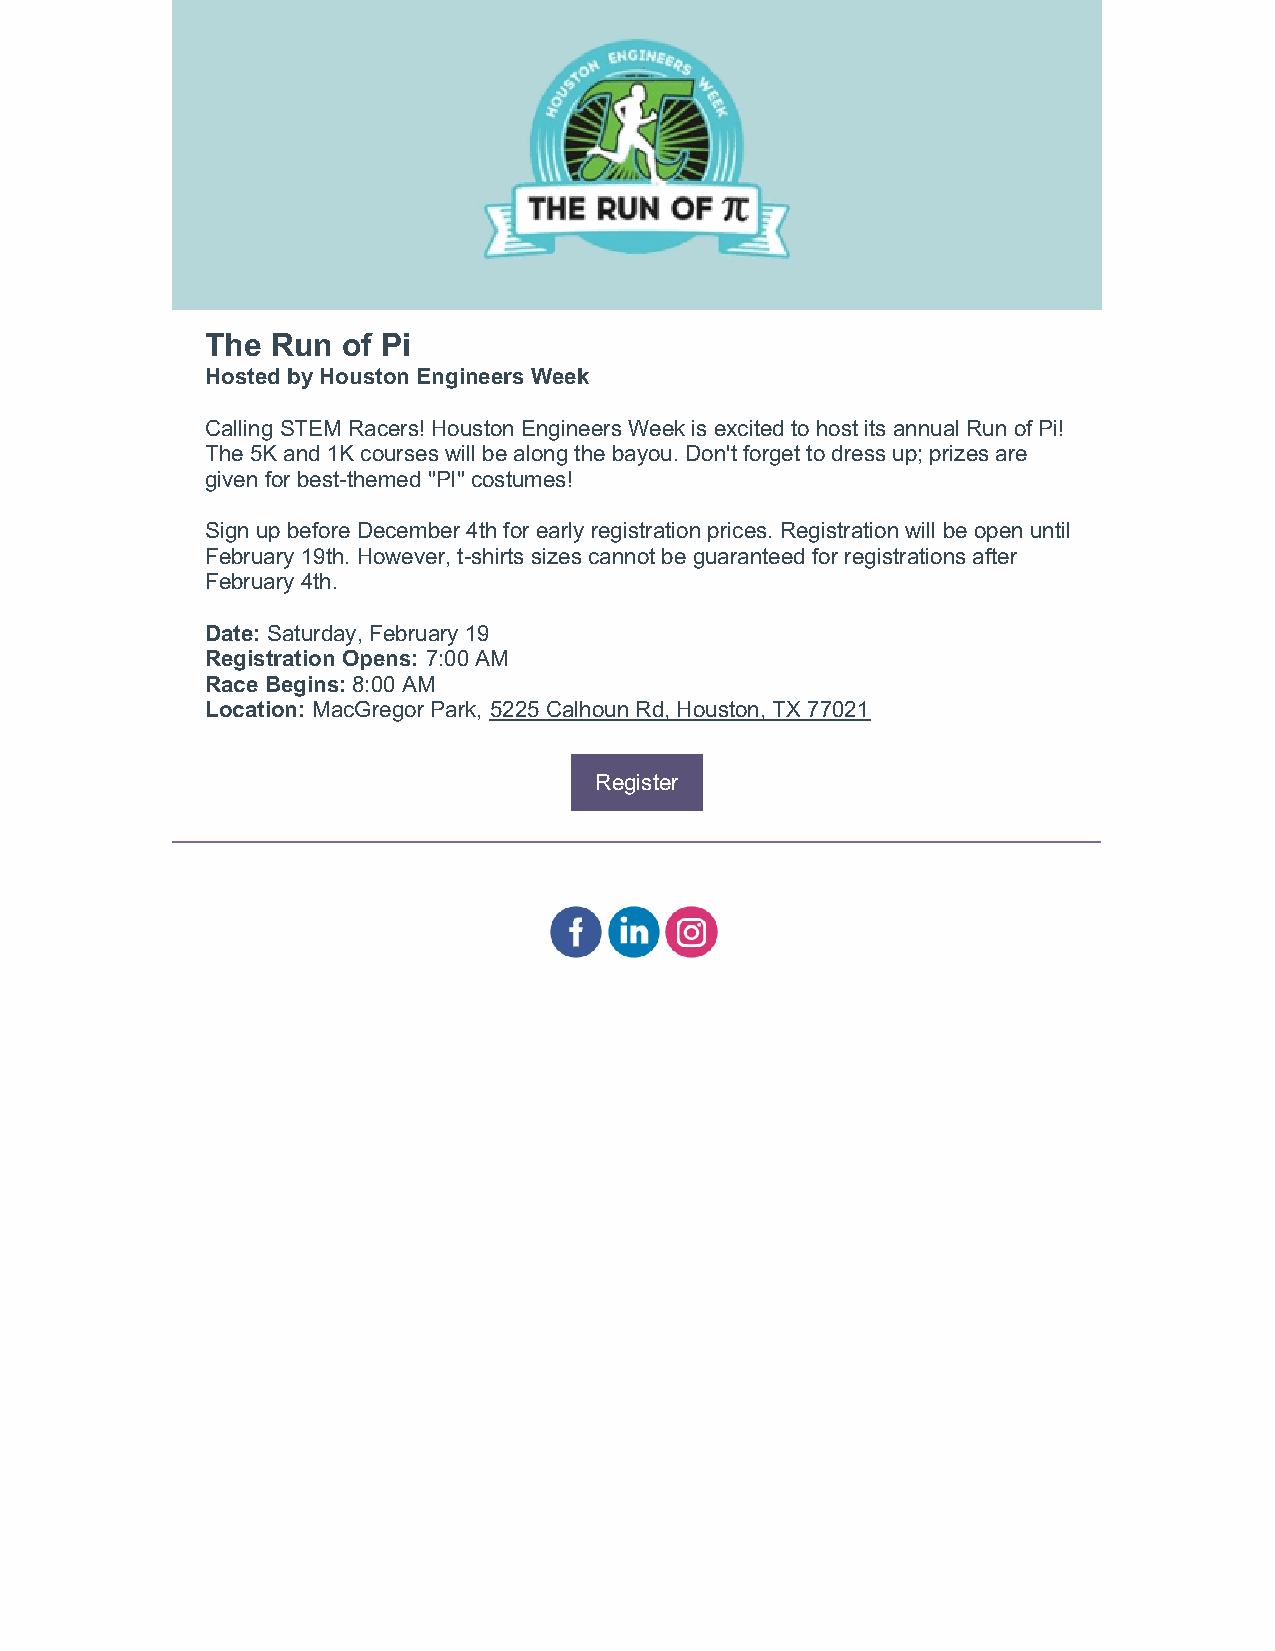
The Run  of Pi
 Hosted by Houston Engineers Week
 Calling STEM Racers! Houston Engineers Week is excited to host its annual Run of Pi!
 The 5K and 1K courses will be along the bayou. Don't forget to dress up; prizes are
 given for best-themed "PI" costumes!
 Sign up before December 4th for early registration prices. Registration will be open until
 February 19th. However, t-shirts sizes cannot be guaranteed for registrations after
 February 4th.
 Date: Saturday, February 19
 Registration Opens: 7:00 AM
 Race Begins: 8:00 AM
 Location: MacGregor Park, 5225 Calhoun Rd, Houston, TX 77021
 Register
 ​   ​   ​